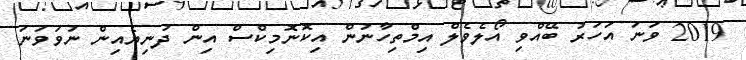
2019 ވަނަ އަހަރު ބޭއްވި އޯލެވެލް އިމްތިހާނުން އިކޮނޮމިކްސް އިން ދުނިޔެއިން ނުވަވަނަ